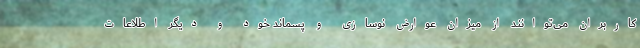
کاربران می‌توانند از میزان عوارض نوسازی و پسماند خود و دیگر اطلاعات